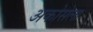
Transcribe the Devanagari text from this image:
अकोसेला